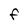
Character: F